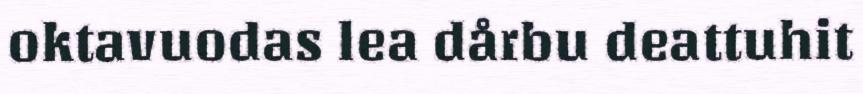
oktavuodas lea dårbu deattuhit